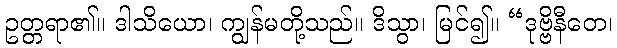
ဥတ္တရာ၏။ ဒါသိယော၊ ကျွန်မတို့သည်။ ဒိသွာ၊ မြင်၍။ “ဒုဗ္ဗိနီတေ၊